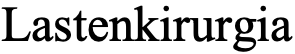
Lastenkirurgia